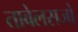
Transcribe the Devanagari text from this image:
तावेलसजो